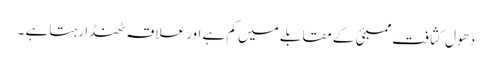
دھول کثافت ممبئی کے مقابلے میں کم ہے اور علاقہ ٹھنڈا رہتاہے ۔